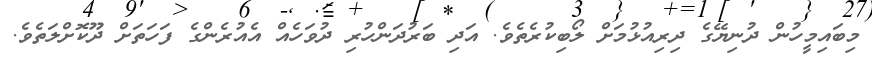
މިބައިމީހުން ދުނިޔޭގެ ދިރިއުޅުމަށް ލޯބިކުރެތެވެ. އަދި ބަރުދަންހުރި ދުވަހެއް އެއުރެންގެ ފަހަތަށް ދޫކޮށްލަތެވެ.